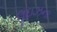
લૂઇઝના